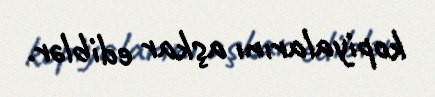
kopiyalarını aşkar ediblər.